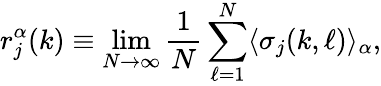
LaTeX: r_{j}^{\alpha}(k)\equiv\operatorname*{lim}_{N\rightarrow\infty}\frac{1}{N}\sum_{\ell=1}^{N}\langle\sigma_{j}(k,\ell)\rangle_{\alpha},